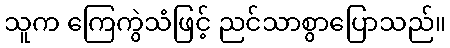
သူက ကြေကွဲသံဖြင့် ညင်သာစွာပြောသည်။